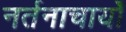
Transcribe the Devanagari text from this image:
नर्तनाचार्यों